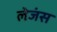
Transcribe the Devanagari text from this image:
लेजंस